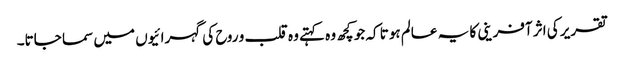
تقریر کی اثر آفرینی کا یہ عالم ہوتا کہ جو کچھ وہ کہتے وہ قلب و روح کی گہرائیوں میں سما جاتا۔